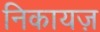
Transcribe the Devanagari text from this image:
निकायज़